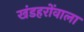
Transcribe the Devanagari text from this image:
खंडहरोंवाला